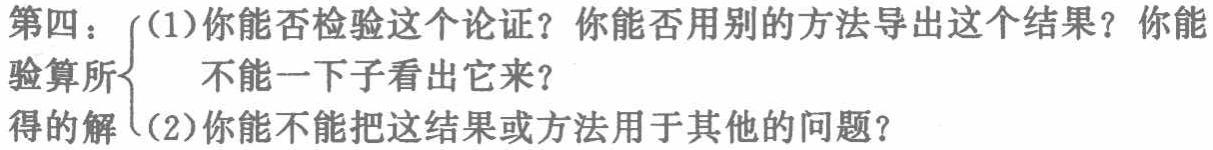
第四：

(1) 你能否检验这个论证？你能否用别的方法导出这个结果？你能不能一下子看出它来？

(2) 你能不能把这结果或方法用于其他的问题？